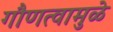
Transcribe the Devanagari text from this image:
गौणत्वामुळे